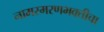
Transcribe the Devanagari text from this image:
नामस्मरणभक्तीचा